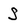
Character: S